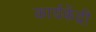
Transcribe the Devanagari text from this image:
कार्यकेंद्री